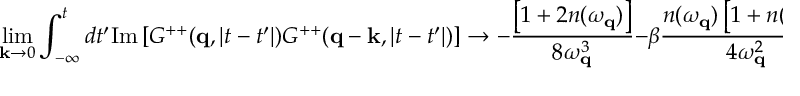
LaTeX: \operatorname * { l i m } _ { { \bf k } \to 0 } \int _ { - \infty } ^ { t } d t ^ { \prime } \mathrm { I m } \left[ G ^ { + + } ( { \bf q } , | t - t ^ { \prime } | ) G ^ { + + } ( { \bf q } - { \bf k } , | t - t ^ { \prime } | ) \right] \to - \frac { \left[ 1 + 2 n ( \omega _ { { \bf q } } ) \right] } { 8 \omega _ { { \bf q } } ^ { 3 } } - \beta \frac { n ( \omega _ { { \bf q } } ) \left[ 1 + n ( \omega _ { { \bf q } } ) \right] } { 4 \omega _ { { \bf q } } ^ { 2 } } + { \cal O } \left( \frac { \Gamma ^ { 2 } } { \omega ^ { 2 } } \right) \; .